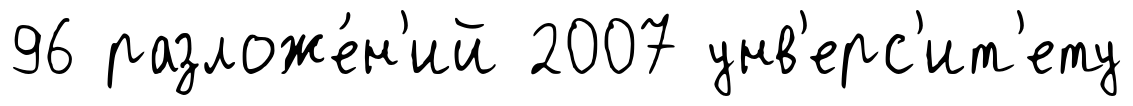
96 разложе́н'ий 2007 унв'ерс'ит'ету